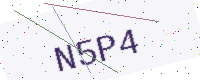
Text: N5P4